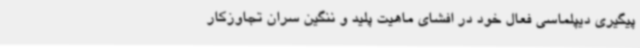
پیگیری دیپلماسی فعال خود در افشای ماهیت پلید و ننگین سران تجاوزکار